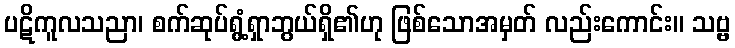
ပဋိကူလသညာ၊ စက်ဆုပ်ရွံ့ရှာဘွယ်ရှိ၏ဟု ဖြစ်သောအမှတ် လည်းကောင်း။ သဗ္ဗ